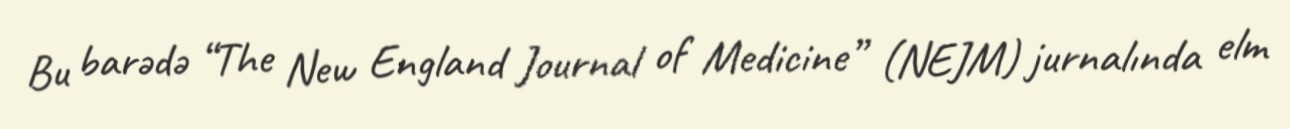
Bu barədə “The New England Journal of Medicine” (NEJM) jurnalında elm